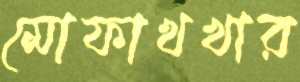
মোফাখখার